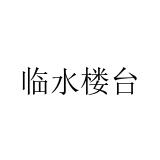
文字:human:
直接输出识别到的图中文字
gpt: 临水楼台